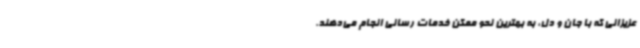
عزیزانی که با جان و دل، به بهترین نحو ممکن خدمات رسانی انجام می‌دهند.